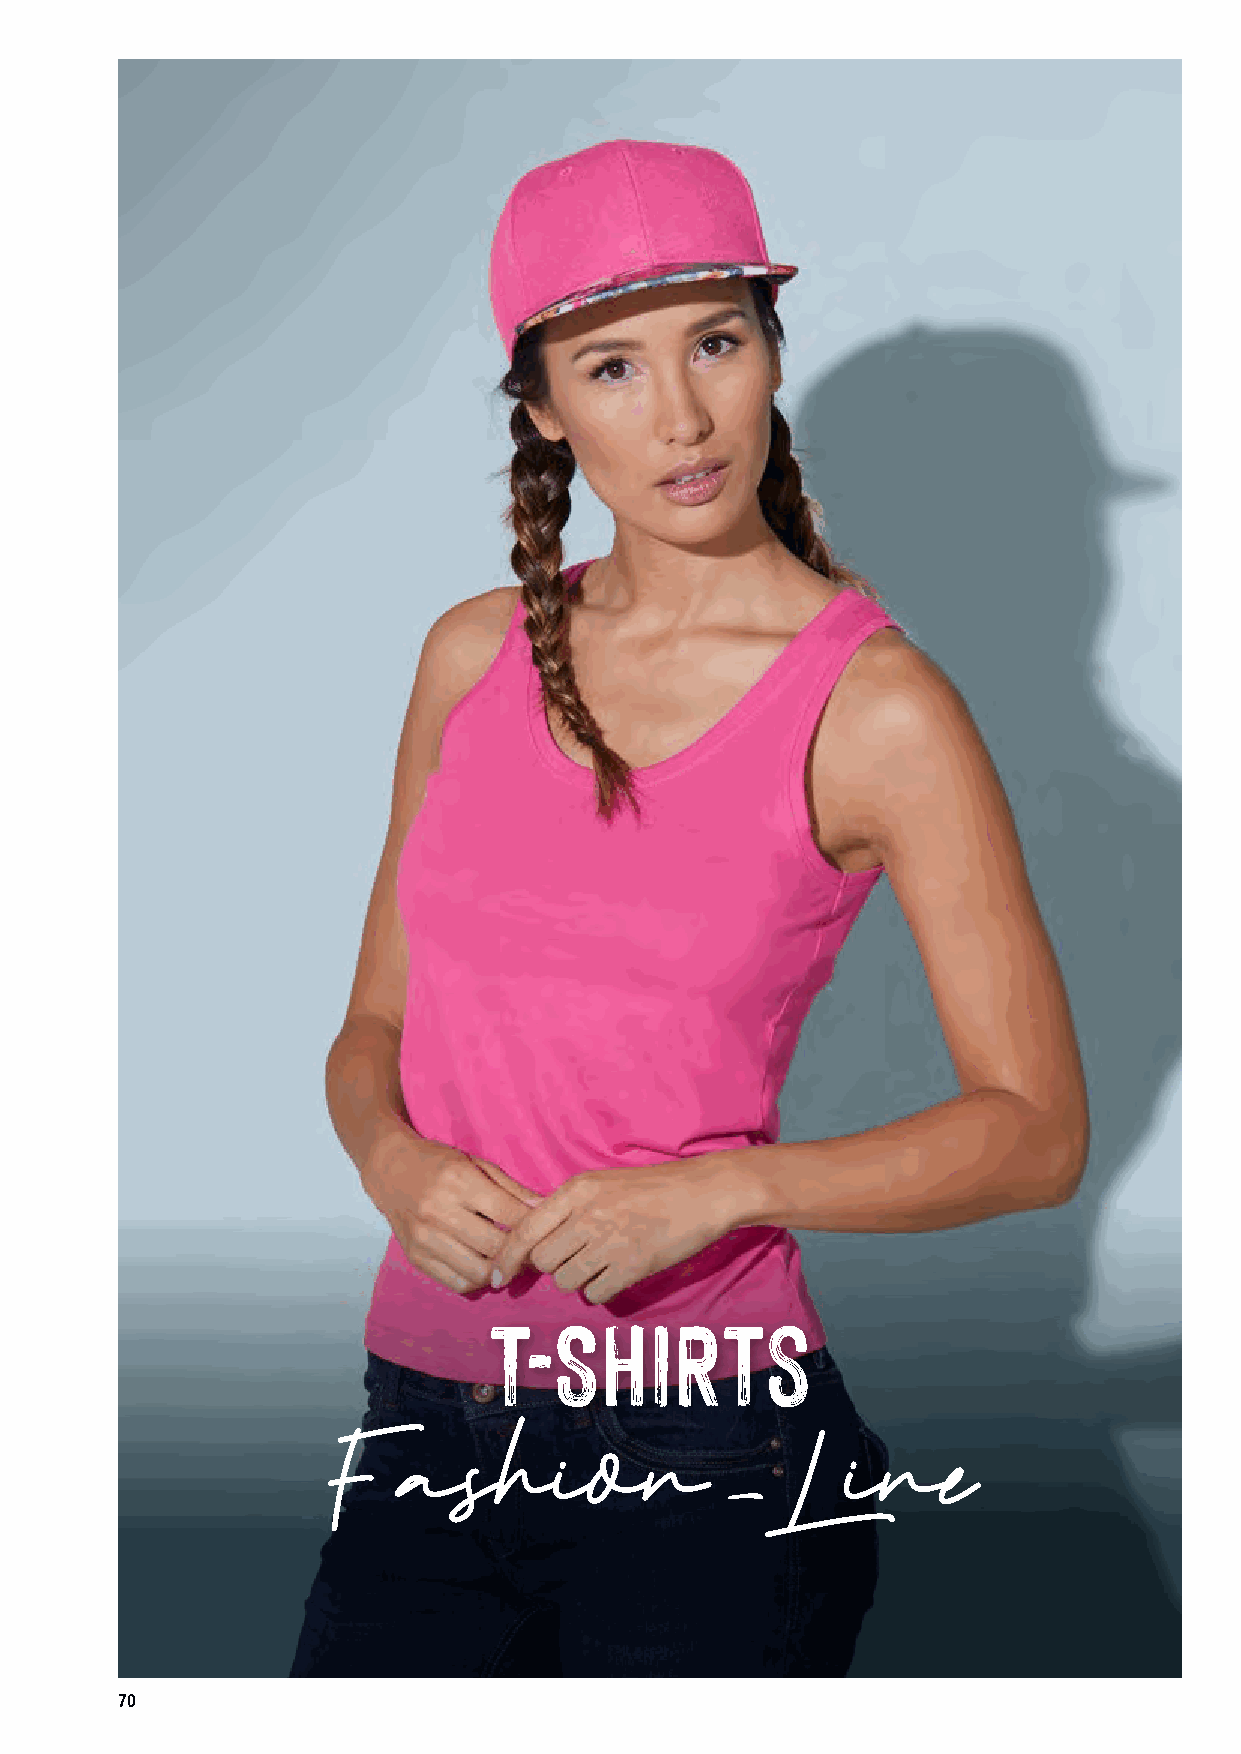
T-SHIRTs
 Fashion                         Line
 -
 70